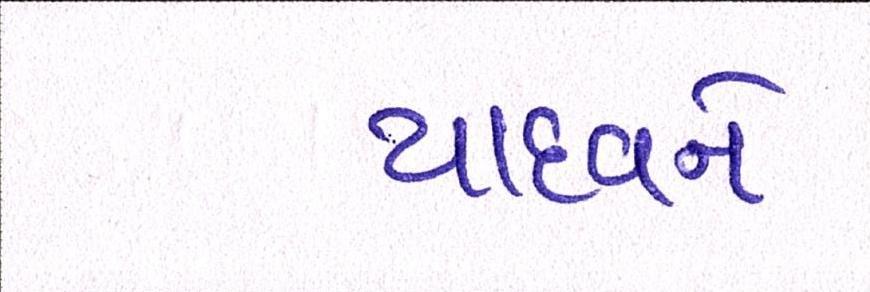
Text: યાદવને